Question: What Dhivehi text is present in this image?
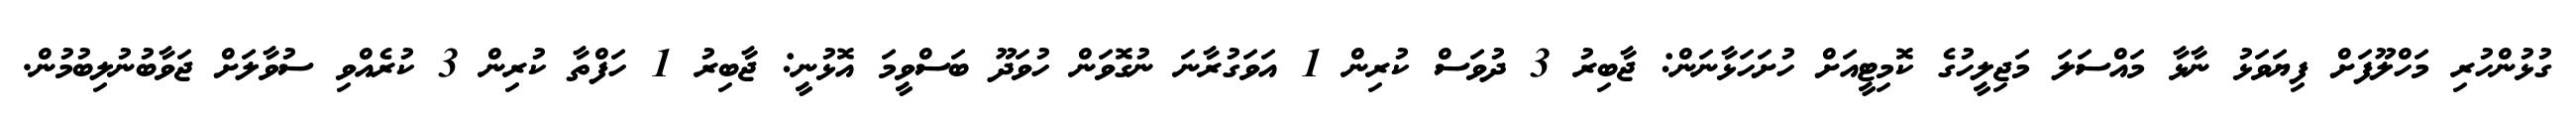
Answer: ގުޅުންހުރި މަހްލޫފަށް ފިޔަވަޅު ނާޅާ މައްސަލަ މަޖިލީހުގެ ކޮމިޓީއަށް ހުށަހަޅާނަން: ޖާބިރު 3 ދުވަސް ކުރިން 1 އަވަގުރާނަ ނުގޮވަން ހުވަދޫ ބަސްވީމަ އޮޅުނީ: ޖާބިރު 1 ހަފްތާ ކުރިން 3 ކުރެއްވި ސުވާލަށް ޖަވާބުނުލިބުމުން.